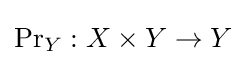
\operatorname {Pr} _{Y}:X\times Y\to Y